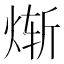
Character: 𬊗